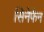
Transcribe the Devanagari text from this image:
सिनेफैन